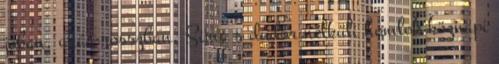
jóban, akár rosszban, Sima s dudor nélküli homlok köznapi